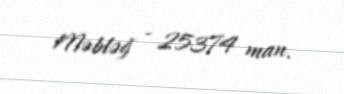
Məbləğ - 25374 man.